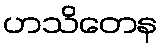
ဟသိတေန